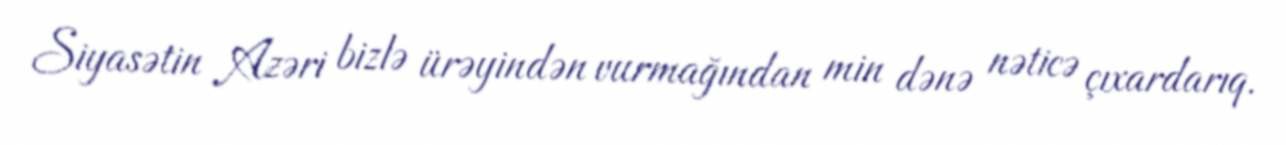
Siyasətin Azəri bizlə ürəyindən vurmağından min dənə nəticə çıxardarıq.